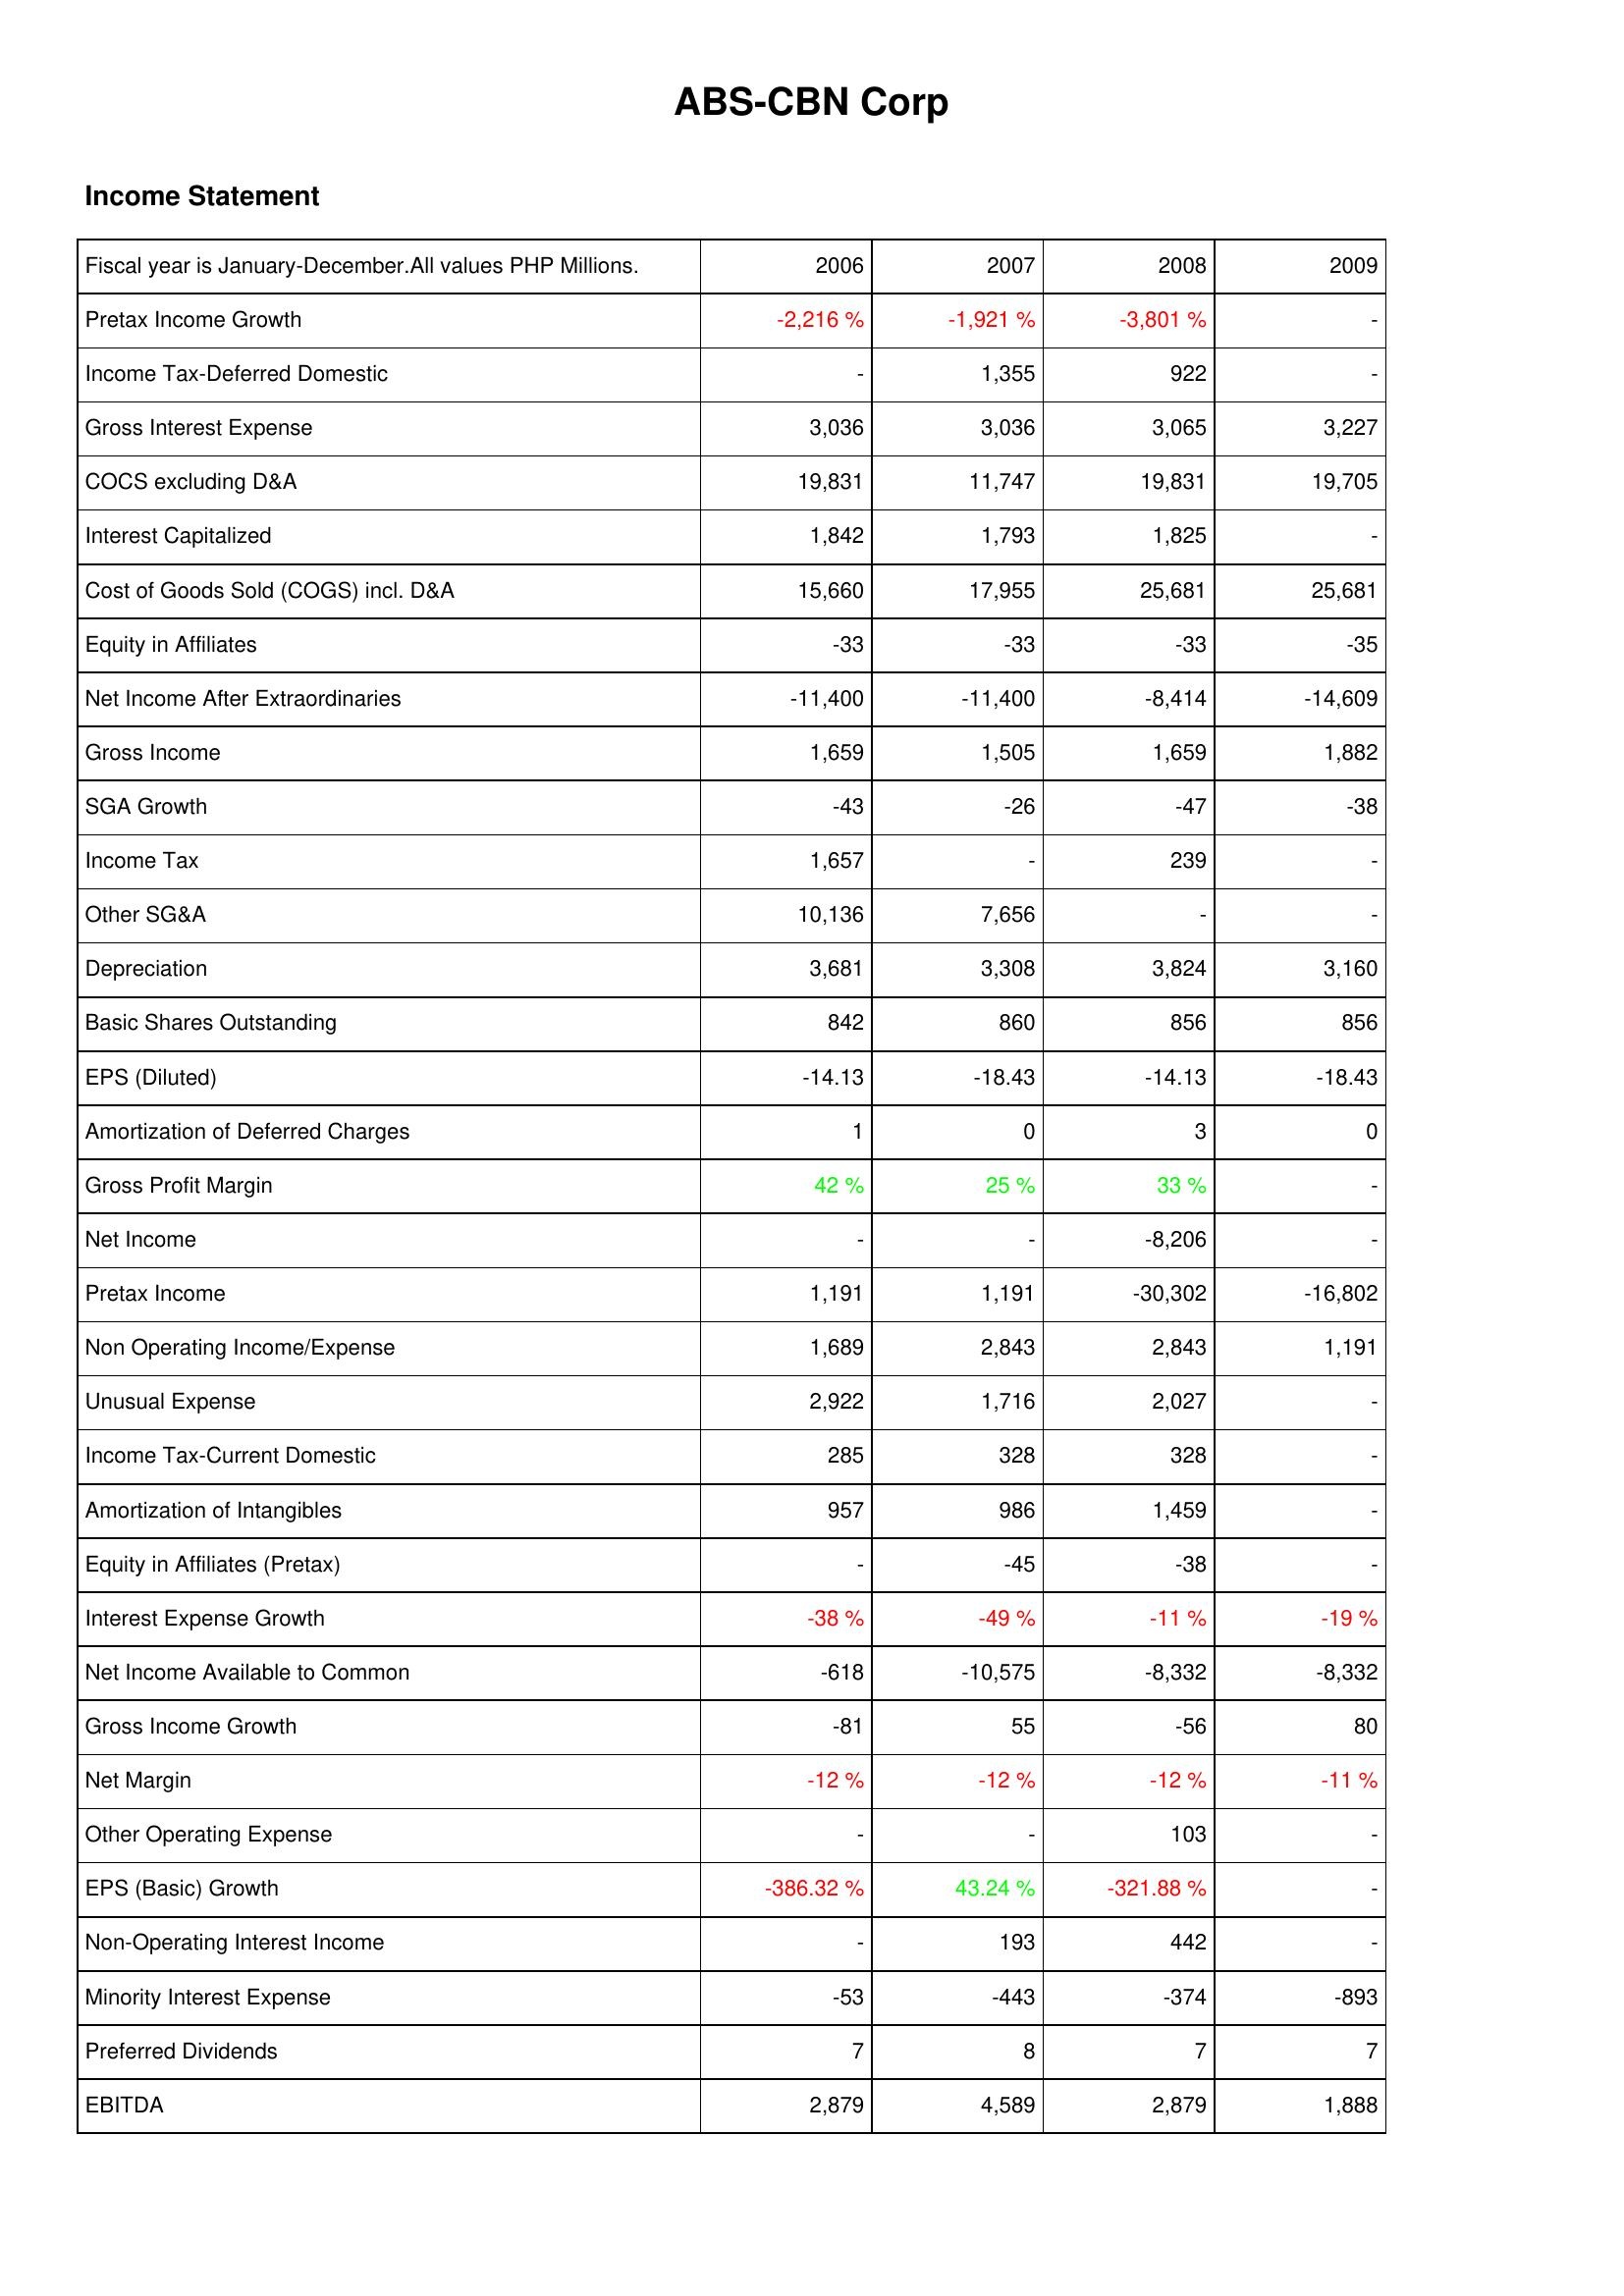
2006: Income Statement: Pretax Income Growth: -2,216 %
Income Tax-Deferred Domestic: -
Gross Interest Expense: 3,036
COCS excluding D&A: 19,831
Interest Capitalized: 1,842
Cost of Goods Sold (COGS) incl. D&A: 15,660
Equity in Affiliates: -33
Net Income After Extraordinaries: -11,400
Gross Income: 1,659
SGA Growth: -43
Income Tax: 1,657
Other SG&A: 10,136
Depreciation: 3,681
Basic Shares Outstanding: 842
EPS (Diluted): -14.13
Amortization of Deferred Charges: 1
Gross Profit Margin: 42 %
Net Income: -
Pretax Income: 1,191
Non Operating Income/Expense: 1,689
Unusual Expense: 2,922
Income Tax-Current Domestic: 285
Amortization of Intangibles: 957
Equity in Affiliates (Pretax): -
Interest Expense Growth: -38 %
Net Income Available to Common: -618
Gross Income Growth: -81
Net Margin: -12 %
Other Operating Expense: -
EPS (Basic) Growth: -386.32 %
Non-Operating Interest Income: -
Minority Interest Expense: -53
Preferred Dividends: 7
EBITDA: 2,879
2007: Income Statement: Pretax Income Growth: -1,921 %
Income Tax-Deferred Domestic: 1,355
Gross Interest Expense: 3,036
COCS excluding D&A: 11,747
Interest Capitalized: 1,793
Cost of Goods Sold (COGS) incl. D&A: 17,955
Equity in Affiliates: -33
Net Income After Extraordinaries: -11,400
Gross Income: 1,505
SGA Growth: -26
Income Tax: -
Other SG&A: 7,656
Depreciation: 3,308
Basic Shares Outstanding: 860
EPS (Diluted): -18.43
Amortization of Deferred Charges: 0
Gross Profit Margin: 25 %
Net Income: -
Pretax Income: 1,191
Non Operating Income/Expense: 2,843
Unusual Expense: 1,716
Income Tax-Current Domestic: 328
Amortization of Intangibles: 986
Equity in Affiliates (Pretax): -45
Interest Expense Growth: -49 %
Net Income Available to Common: -10,575
Gross Income Growth: 55
Net Margin: -12 %
Other Operating Expense: -
EPS (Basic) Growth: 43.24 %
Non-Operating Interest Income: 193
Minority Interest Expense: -443
Preferred Dividends: 8
EBITDA: 4,589
2008: Income Statement: Pretax Income Growth: -3,801 %
Income Tax-Deferred Domestic: 922
Gross Interest Expense: 3,065
COCS excluding D&A: 19,831
Interest Capitalized: 1,825
Cost of Goods Sold (COGS) incl. D&A: 25,681
Equity in Affiliates: -33
Net Income After Extraordinaries: -8,414
Gross Income: 1,659
SGA Growth: -47
Income Tax: 239
Other SG&A: -
Depreciation: 3,824
Basic Shares Outstanding: 856
EPS (Diluted): -14.13
Amortization of Deferred Charges: 3
Gross Profit Margin: 33 %
Net Income: -8,206
Pretax Income: -30,302
Non Operating Income/Expense: 2,843
Unusual Expense: 2,027
Income Tax-Current Domestic: 328
Amortization of Intangibles: 1,459
Equity in Affiliates (Pretax): -38
Interest Expense Growth: -11 %
Net Income Available to Common: -8,332
Gross Income Growth: -56
Net Margin: -12 %
Other Operating Expense: 103
EPS (Basic) Growth: -321.88 %
Non-Operating Interest Income: 442
Minority Interest Expense: -374
Preferred Dividends: 7
EBITDA: 2,879
2009: Income Statement: Pretax Income Growth: -
Income Tax-Deferred Domestic: -
Gross Interest Expense: 3,227
COCS excluding D&A: 19,705
Interest Capitalized: -
Cost of Goods Sold (COGS) incl. D&A: 25,681
Equity in Affiliates: -35
Net Income After Extraordinaries: -14,609
Gross Income: 1,882
SGA Growth: -38
Income Tax: -
Other SG&A: -
Depreciation: 3,160
Basic Shares Outstanding: 856
EPS (Diluted): -18.43
Amortization of Deferred Charges: 0
Gross Profit Margin: -
Net Income: -
Pretax Income: -16,802
Non Operating Income/Expense: 1,191
Unusual Expense: -
Income Tax-Current Domestic: -
Amortization of Intangibles: -
Equity in Affiliates (Pretax): -
Interest Expense Growth: -19 %
Net Income Available to Common: -8,332
Gross Income Growth: 80
Net Margin: -11 %
Other Operating Expense: -
EPS (Basic) Growth: -
Non-Operating Interest Income: -
Minority Interest Expense: -893
Preferred Dividends: 7
EBITDA: 1,888